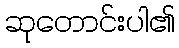
ဆုတောင်းပါ၏